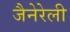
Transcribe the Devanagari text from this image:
जैनेरेली